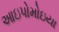
આઇપોમોઇયા